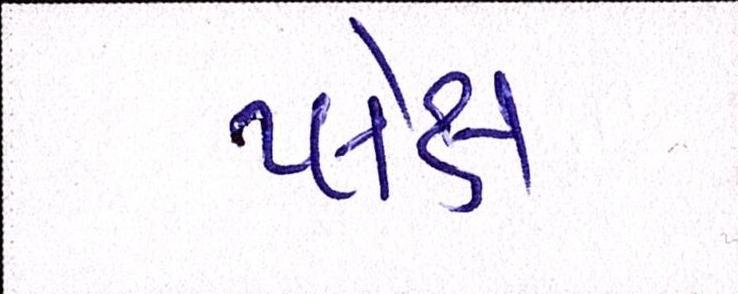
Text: પ્લેક્ષ